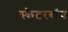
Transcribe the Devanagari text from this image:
स्केटरबॉय